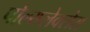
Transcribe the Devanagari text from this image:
पोल्य्प्लेक्सेस